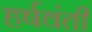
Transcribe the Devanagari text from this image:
हर्षवंती